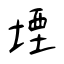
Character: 堙